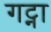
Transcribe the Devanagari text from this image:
गट्ना